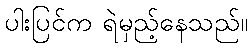
ပါးပြင်က ရဲမှည့်နေသည်။